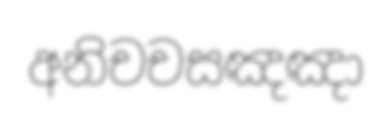
අනිචචසඤඤා